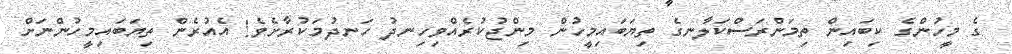
ގެ މީހުންގެ ކިބައިން ތިމަންރަސްކަލާނގެ ތިޔަބައިމީހުން މިންޖުކުރެއްވިހިނދު ހަނދުމަކުރާށެވެ! އެއުރެން ތިޔަބައިމީހުންނަށް